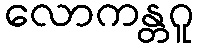
လောကန္တဂူ